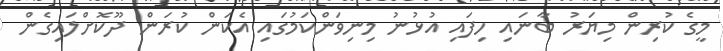
މީގެ ކުރިން މިޔަރު ބާނައި ހިފައި އުޅުނު މިނިވަންކަމުގައި އެކަން ކުރަން ދޫކޮށްލައިގެން